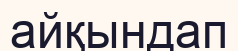
айқындап